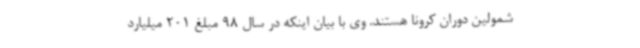
شمولین دوران کرونا هستند. وی با بیان اینکه در سال 98 مبلغ 201 میلیارد